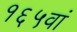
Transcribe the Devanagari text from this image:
१६५वां